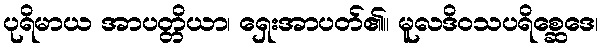
ပုရိမာယ အာပတ္တိယာ၊ ရှေးအာပတ်၏။ မူလဒိဝသပရိစ္ဆေဒေ၊